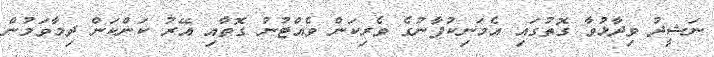
ނަޝީދު ވިދާޅުވާ ގޮތުގައި އެމަނިކުފާނުގެ ވެރިކަން ވެއްޓުނު ގޮތާއި އޭރު ކަންކަން ދިމާވަމުން